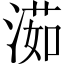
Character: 𣺾